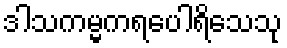
ဒါသကမ္မကရပေါရိသေသု